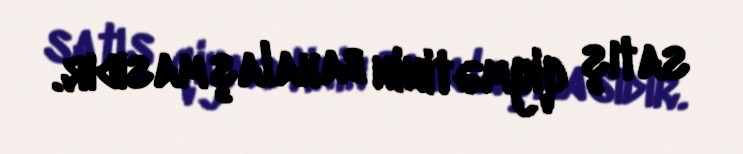
satış qiymətinin bahalaşmasıdır.